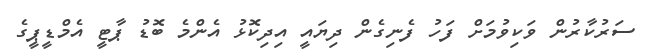
ސަރުކާރުން ވަކިވުމަށް ފަހު ފެނިގެން ދިޔައީ އިދިކޮޅު އެންމެ ބޮޑު ޕާޓީ އެމްޑީޕީގެ